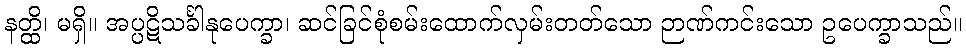
နတ္ထိ၊ မရှိ။ အပ္ပဋိသင်္ခါနုပေက္ခာ၊ ဆင်ခြင်စုံစမ်းထောက်လှမ်းတတ်သော ဉာဏ်ကင်းသော ဥပေက္ခာသည်။